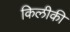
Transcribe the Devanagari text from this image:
किलीकी